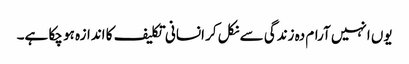
یوں انہیں آرام دہ زندگی سے نکل کر انسانی تکلیف کا اندازہ ہو چکا ہے۔